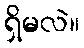
ရှိမလဲ။